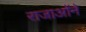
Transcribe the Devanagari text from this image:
राजाओंने